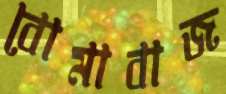
বোমাবাজ